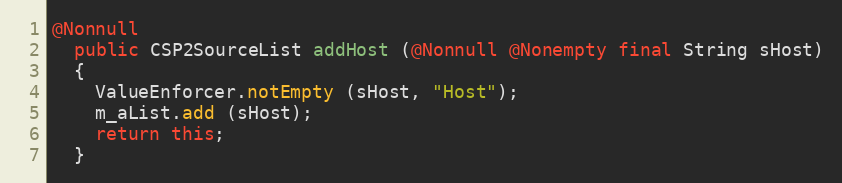
Language: Java
@Nonnull
  public CSP2SourceList addHost (@Nonnull @Nonempty final String sHost)
  {
    ValueEnforcer.notEmpty (sHost, "Host");
    m_aList.add (sHost);
    return this;
  }